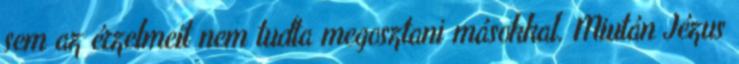
sem az érzelmeit nem tudta megosztani másokkal. Miután Jézus